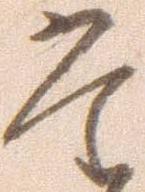
た